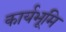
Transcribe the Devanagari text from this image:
कार्यभूमि